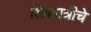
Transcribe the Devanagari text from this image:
शिवरात्रीचे